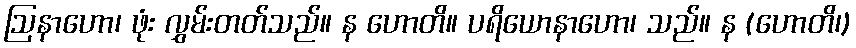
ဩနာဟော၊ ဖုံး လွှမ်းတတ်သည်။ န ဟောတိ။ ပရိယောနာဟော၊ သည်။ န (ဟောတိ၊)